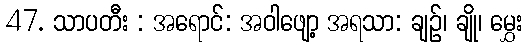
47. သာပတီး : အရောင်: အဝါဖျော့ အရသာ: ချဉ်၊ ချို၊ မွှေး